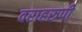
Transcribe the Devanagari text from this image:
वराहरूपी